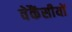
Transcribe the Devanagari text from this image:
वेकैंसीयों